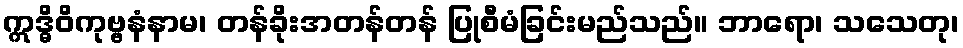
ဣဒ္ဓိဝိကုဗ္ဗနံနာမ၊ တန်ခိုးအတန်တန် ပြုစီမံခြင်းမည်သည်။ ဘာရော၊ သသေတု၊